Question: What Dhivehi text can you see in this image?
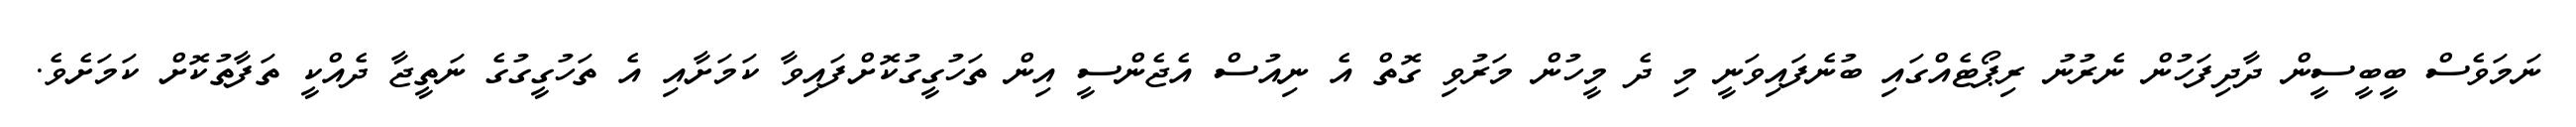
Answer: ނަމަވެސް ބީބީސީން ދާދިފަހުން ނެރުނު ރިޕޯޓެއްގައި ބުނެފައިވަނީ މި ދެ މީހުން މަރުވި ގޮތް އެ ނިއުސް އެޖެންސީ އިން ތަހުގީގުކޮށްފައިވާ ކަމަށާއި އެ ތަހުގީގުގެ ނަތީޖާ ދެއްކީ ތަފާތުކޮށް ކަމަށެވެ.